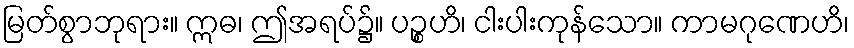
မြတ်စွာဘုရား။ ဣဓ၊ ဤအရပ်၌။ ပဉ္စဟိ၊ ငါးပါးကုန်သော။ ကာမဂုဏေဟိ၊